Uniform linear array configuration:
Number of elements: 12
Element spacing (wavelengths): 0.5
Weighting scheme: hann
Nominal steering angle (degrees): -15
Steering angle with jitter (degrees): -14.233
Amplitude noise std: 0.05
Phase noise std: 0.05

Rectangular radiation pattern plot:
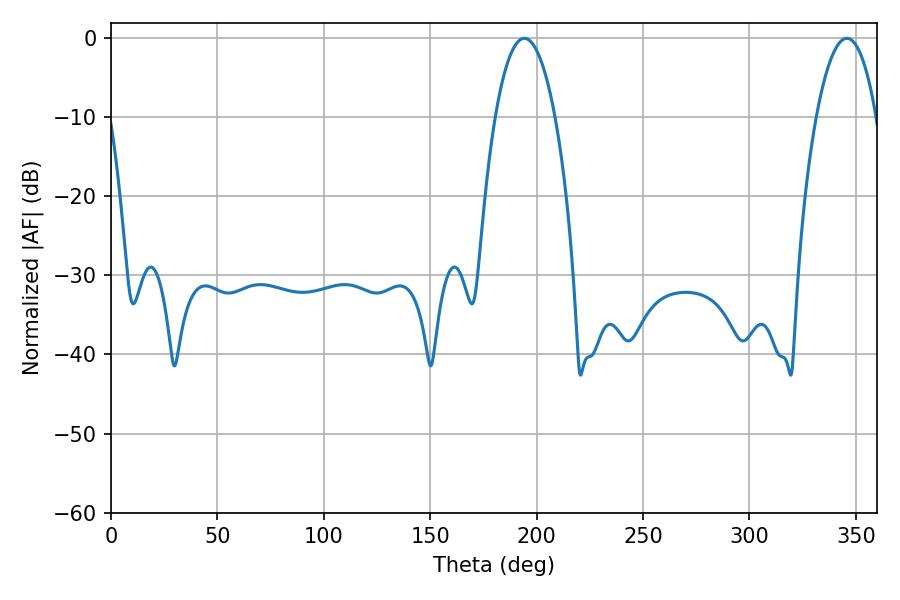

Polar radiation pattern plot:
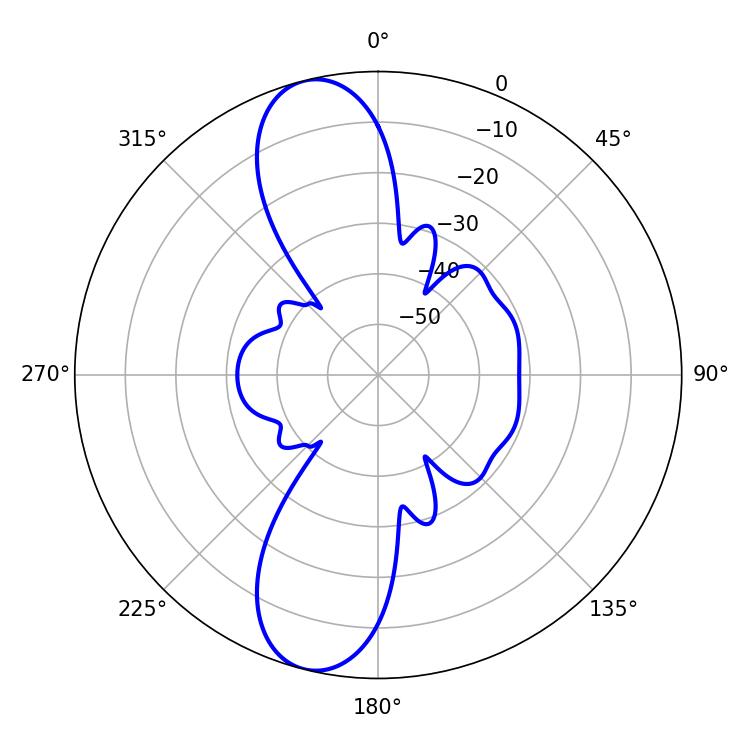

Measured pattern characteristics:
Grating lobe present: FALSE
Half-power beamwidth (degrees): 15.66
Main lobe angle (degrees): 194.22